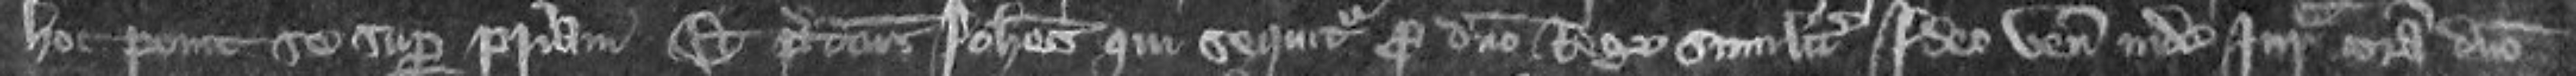
hoc ponit se super patriam Et predictus Johannes qui sequitur pro domino Rege similiter Ideo venit inde Juratoram coram domino